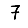
Digit: 7